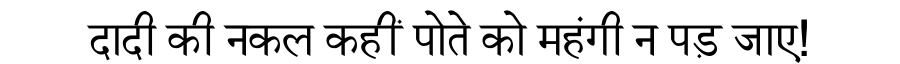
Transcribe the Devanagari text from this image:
दादी की नकल कहीं पोते को महंगी न पड़ जाए!